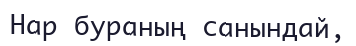
Нар бураның санындай,